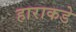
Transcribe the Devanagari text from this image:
हाराकडे